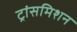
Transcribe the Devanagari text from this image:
ट्रांसमिशन